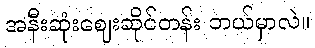
အနီးဆုံးဈေးဆိုင်တန်း ဘယ်မှာလဲ။